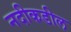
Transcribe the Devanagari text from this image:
नदीकडील